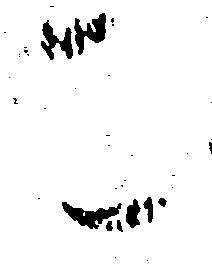
こ